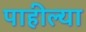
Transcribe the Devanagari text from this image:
पाहील्या